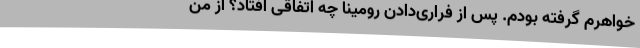
خواهرم گرفته بودم. پس از فراری‌دادن رومینا چه اتفاقی افتاد؟ از من